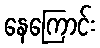
နေကြောင်း